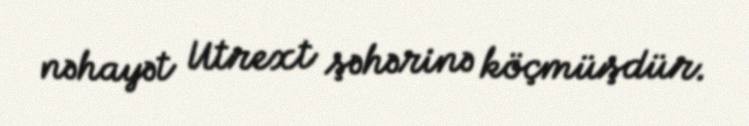
nəhayət Utrext şəhərinə köçmüşdür.